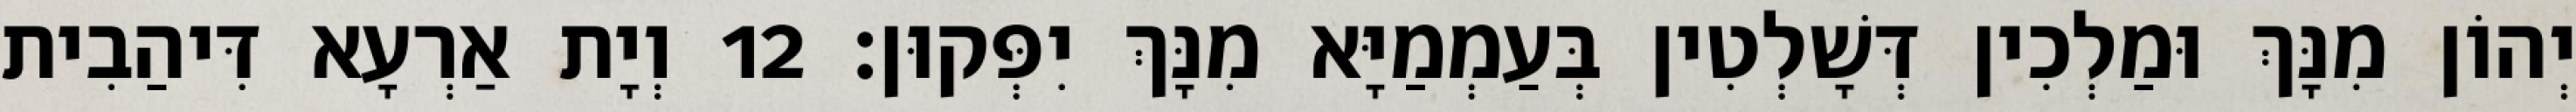
יְהוֹן מִנָּךְ וּמַלְכִין דְּשָׁלְטִין בְּעַמְמַיָּא מִנָּךְ יִפְּקוּן׃ 12 וְיָת אַרְעָא דִּיהַבִית